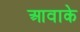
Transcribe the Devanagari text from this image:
आवाके